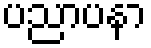
ပညာပနာ